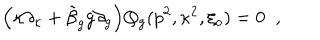
\Bigl ( \kappa \partial _ { \kappa } + \tilde { \beta } _ { g } g \partial _ { g } \Bigr ) Q _ { g } ( p ^ { 2 } , \kappa ^ { 2 } , \xi _ { o } ) = 0 \; \; ,